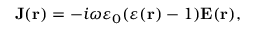
{ \bf J } ( { \bf r } ) = - i \omega \varepsilon _ { 0 } ( \varepsilon ( { \bf r } ) - 1 ) { \bf E } ( { \bf r } ) ,